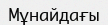
Мұнайдағы